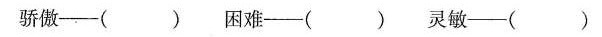
骄傲--()困难--()灵敏--()